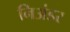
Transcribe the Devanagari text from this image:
निअंडर